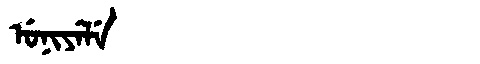
Manchu: ᡠᠨᡳᠶᡝᠯᡝ
Romanization: UNIYELE